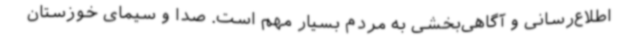
اطلاع‌رسانی و آگاهی‌بخشی به مردم بسیار مهم است. صدا و سیمای خوزستان